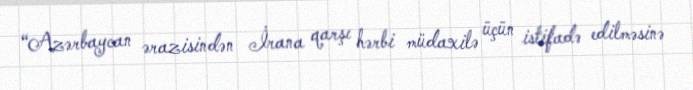
“Azərbaycan ərazisindən İrana qarşı hərbi müdaxilə üçün istifadə edilməsinə